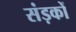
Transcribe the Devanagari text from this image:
संड़कों